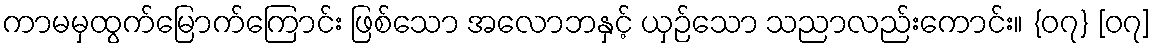
ကာမမှထွက်မြောက်ကြောင်း ဖြစ်သော အလောဘနှင့် ယှဉ်သော သညာလည်းကောင်း။ {၀၇} [၀၇]